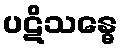
ပဋိသန္ဓေ